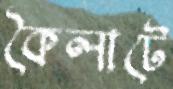
কৈলাটে